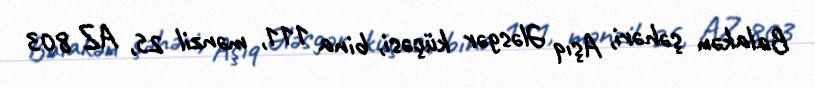
Balakən şəhəri, Aşıq Ələsgər küçəsi, bina 111, mənzil 25, AZ 803